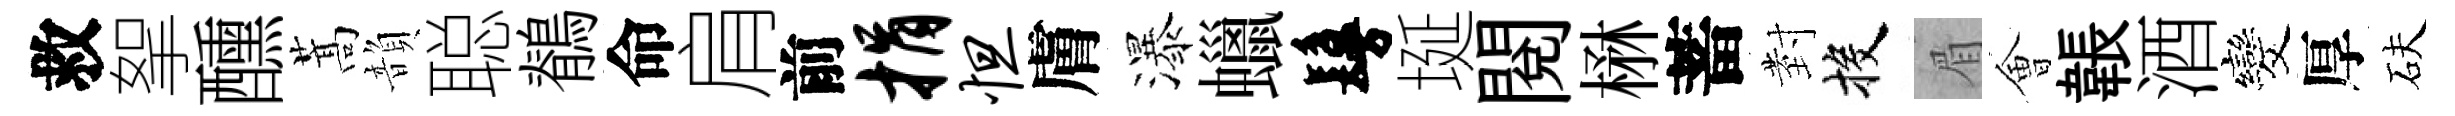
救挐醺蒿韻聪鶺命肩前捐怛膚瀑蠟鬘埏閲楙蓄𭔹投眉㑹韔酒发厚砆